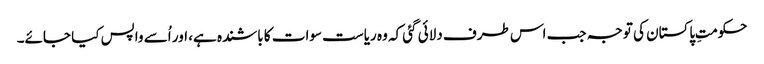
حکومتِ پاکستان کی توجہ جب اس طرف دلائی گئی کہ وہ ریاست سوات کا باشندہ ہے، اور اُسے واپس کیا جائے۔